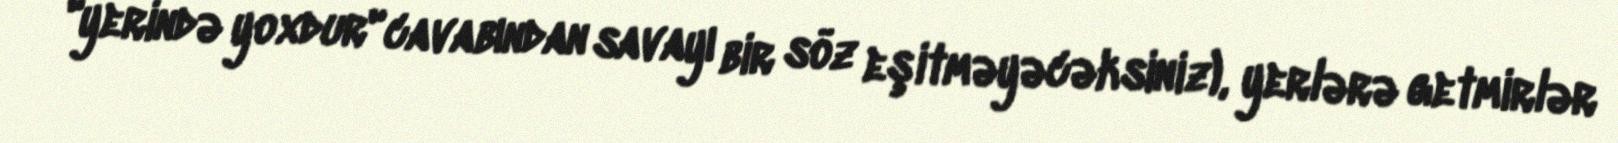
"yerində yoxdur" cavabından savayı bir söz eşitməyəcəksiniz), yerlərə getmirlər